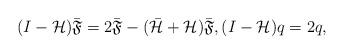
LaTeX: \begin{align*} (I-\mathcal{H})\bar{\mathfrak{F}}=2\bar{\mathfrak{F}}-(\bar{\mathcal{H}}+\mathcal{H})\bar{\mathfrak{F}},(I-\mathcal{H})q=2q,\end{align*}